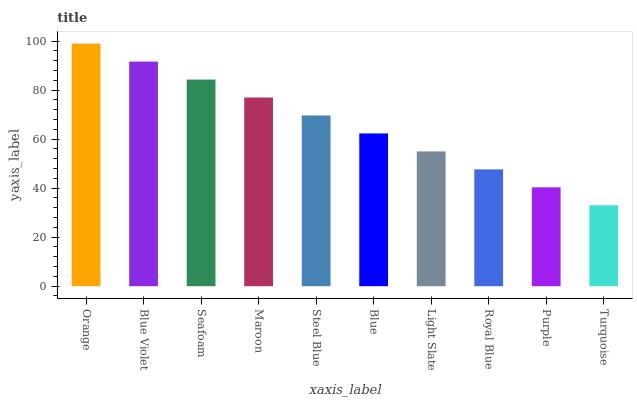
| xaxis_label | bars |
 | --- | --- |
 | Orange | 99 |
 | Blue Violet | 91.7 |
 | Seafoam | 84.3 |
 | Maroon | 77 |
 | Steel Blue | 69.7 |
 | Blue | 62.3 |
 | Light Slate | 55 |
 | Royal Blue | 47.7 |
 | Purple | 40.4 |
 | Turquoise | 33 |